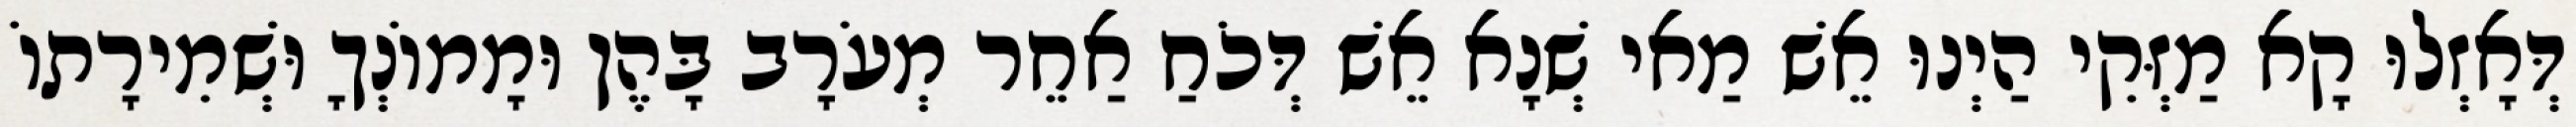
דְּאָזְלוּ קָא מַזְּקִי הַיְנוּ אֵשׁ מַאי שְׁנָא אֵשׁ דְּכֹחַ אַחֵר מְעֹרָב בָּהֶן וּמָמוֹנְךָ וּשְׁמִירָתוֹ